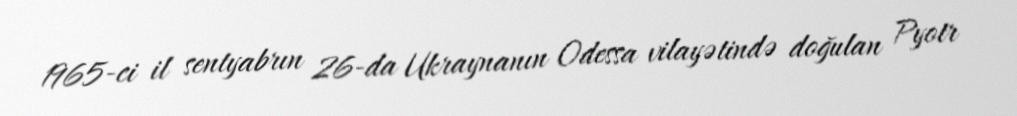
1965-ci il sentyabrın 26-da Ukraynanın Odessa vilayətində doğulan Pyotr